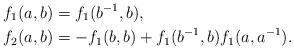
LaTeX: \begin{align*}f_1(a,b) &=f_1(b^{-1},b), \\f_2(a,b) &=-f_1(b,b)+f_1(b^{-1},b)f_1(a,a^{-1}).\end{align*}